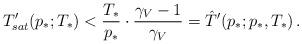
LaTeX: \begin{align*} T_{sat}'(p_*;T_*)<\frac{T_*}{p_*}\cdot \frac{\gamma_V-1}{\gamma_V}=\hat T'(p_*;p_*,T_*)\,.\end{align*}